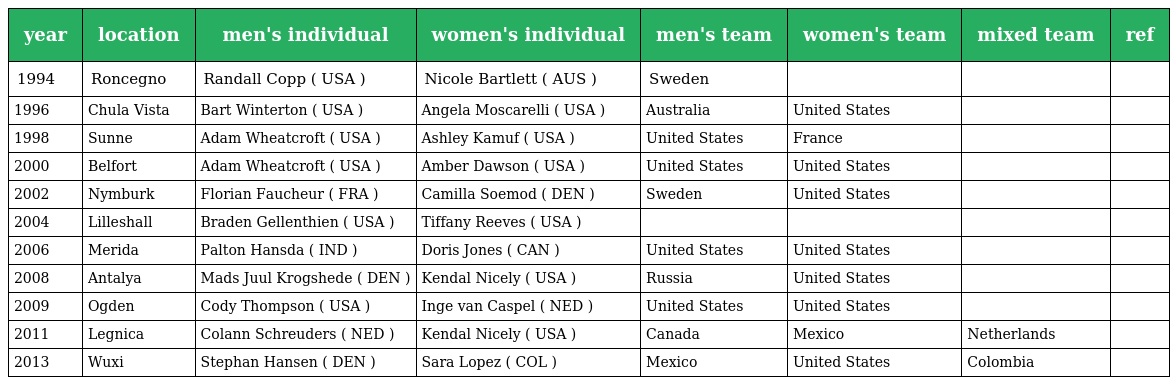
| year | location | men's individual | women's individual | men's team | women's team | mixed team | ref |
 | --- | --- | --- | --- | --- | --- | --- | --- |
 | 1994 | Roncegno | Randall Copp ( USA ) | Nicole Bartlett ( AUS ) | Sweden |  |  |  |
 | 1996 | Chula Vista | Bart Winterton ( USA ) | Angela Moscarelli ( USA ) | Australia | United States |  |  |
 | 1998 | Sunne | Adam Wheatcroft ( USA ) | Ashley Kamuf ( USA ) | United States | France |  |  |
 | 2000 | Belfort | Adam Wheatcroft ( USA ) | Amber Dawson ( USA ) | United States | United States |  |  |
 | 2002 | Nymburk | Florian Faucheur ( FRA ) | Camilla Soemod ( DEN ) | Sweden | United States |  |  |
 | 2004 | Lilleshall | Braden Gellenthien ( USA ) | Tiffany Reeves ( USA ) |  |  |  |  |
 | 2006 | Merida | Palton Hansda ( IND ) | Doris Jones ( CAN ) | United States | United States |  |  |
 | 2008 | Antalya | Mads Juul Krogshede ( DEN ) | Kendal Nicely ( USA ) | Russia | United States |  |  |
 | 2009 | Ogden | Cody Thompson ( USA ) | Inge van Caspel ( NED ) | United States | United States |  |  |
 | 2011 | Legnica | Colann Schreuders ( NED ) | Kendal Nicely ( USA ) | Canada | Mexico | Netherlands |  |
 | 2013 | Wuxi | Stephan Hansen ( DEN ) | Sara Lopez ( COL ) | Mexico | United States | Colombia |  |